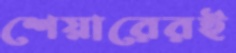
শেয়ারেরই